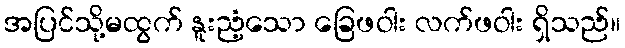
အပြင်သို့မထွက် နူးညံ့သော ခြေဖဝါး လက်ဖဝါး ရှိသည်။